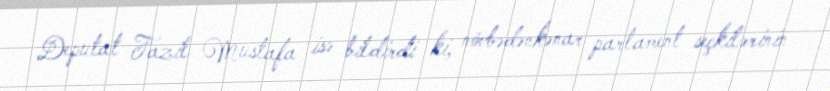
Deputat Fazil Mustafa isə bildirdi ki, növbədənkənar parlament seçkilərinin